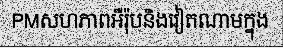
PMសហភាពអឺរ៉ុបនិងវៀតណាមក្នុង